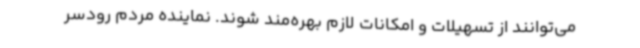
می‌توانند از تسهیلات و امکانات لازم بهره‌مند شوند. نماینده مردم رودسر